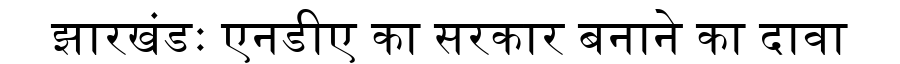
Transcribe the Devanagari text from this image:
झारखंडः एनडीए का सरकार बनाने का दावा